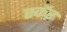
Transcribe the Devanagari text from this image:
स्कैर